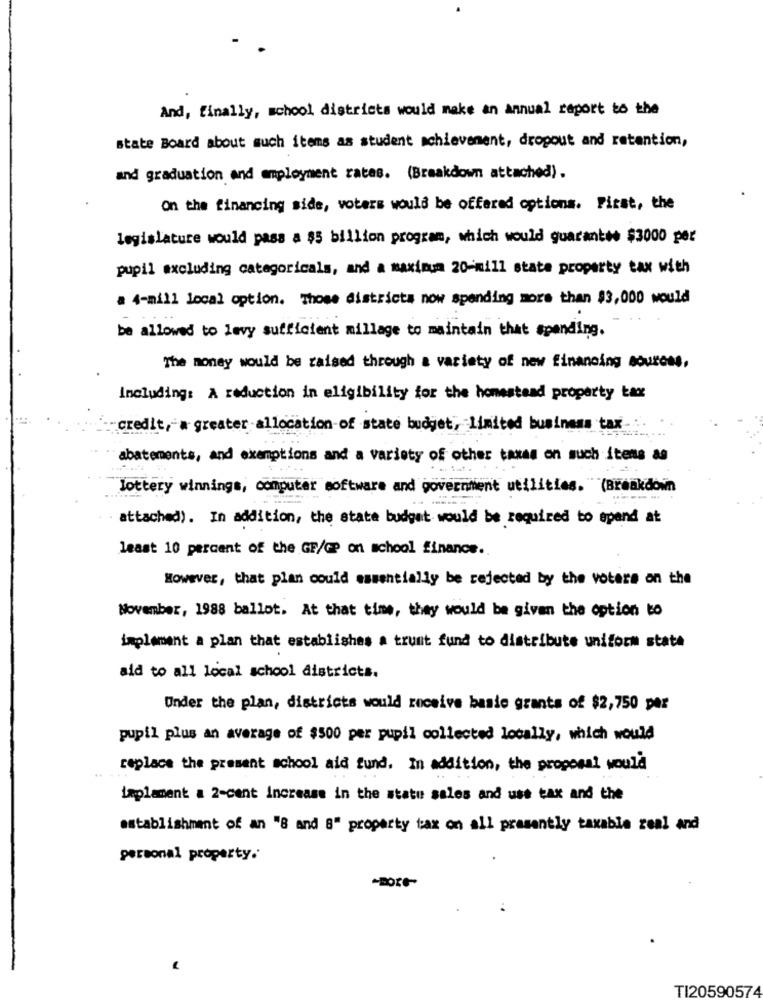
And, finally, school districts would make an annual report to the
state Board about much items as student achievement, dropout and retention,
and graduation and employment rates. (Breakdown attached).
On the financing side, voters would be offered options. First, the
legislature would pass a $5 billion program, which would guarantee $3000 per
pupil excluding categoricals, and a maximum 20-mill state property tax with
# 4-mill local option. Those districts now spending more than $3,000 would
be allowed to levy sufficient millage to maintain that spending.
The money would be raised through a variety of new financing souross,
Including: A reduction in eligibility for the homestead property tax
"credit, a greater allocation of state budget, Limited business tax -:
abatements, and exemptions and a variety of other taxes on such itens as
lottery winnings, computer software and government utilities. (Breakdown
attached). In addition, the state budget would be required to spend at
least 10 percent of the GF/GP on school finance.
However, that plan could essentially be rejected by the voters on the
November, 1988 ballot. At that time, they would be given the option to
implement a plan that establishes a trust fund to distribute uniform state
aid to all local school districts.
Under the plan, districts would receive basic grants of $2,750 per
pupil plus an average of $500 per pupil collected locally, which would
replace the present school aid fund. In addition, the proposal would
implement a 2-cent Increase in the statu sales and use tax and the
establishment of an "8 and 8" property tax on all prasently taxable real and
personal property.
TI20590574